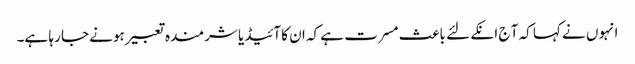
انہوں نے کہا کہ آ ج انکے لئے باعث مسرت ہے کہ ان کا آئیڈیا شرمندہ تعبیر ہونے جا رہا ہے۔